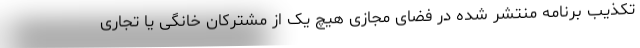
تکذیب برنامه منتشر شده در فضای مجازی هیچ یک از مشترکان خانگی یا تجاری